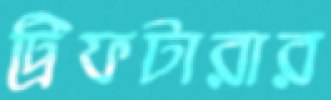
ট্রিফটারার